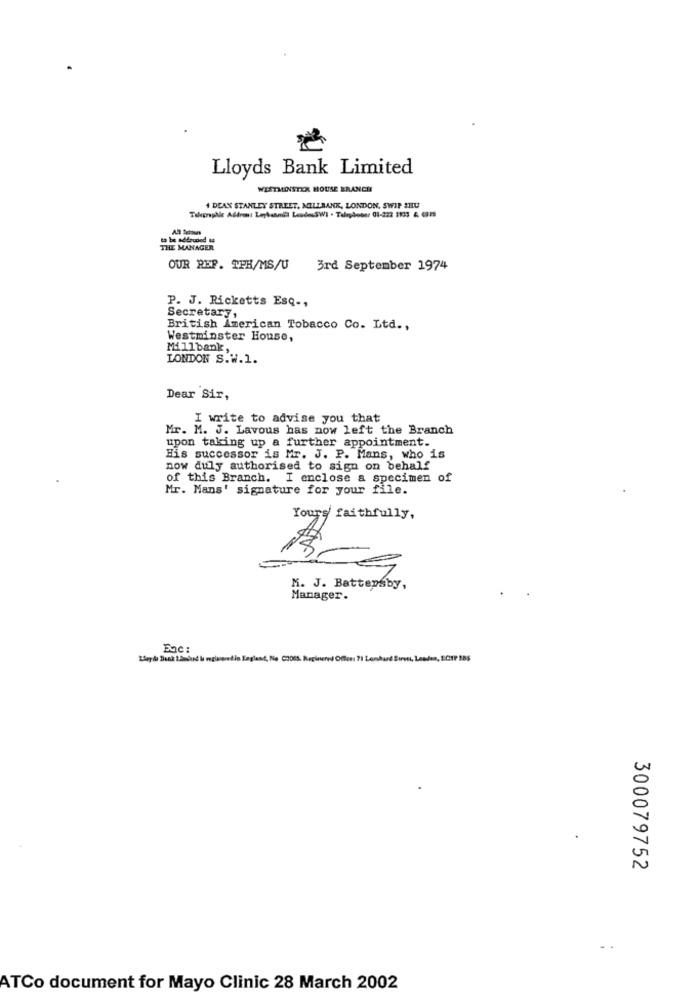
Lloyds Bank Limited
WESTMINSTER HOUSE BRANCH
4 DEAN STANLEY STREET, MILLBANK, LONDON, SWIP SHU
THE MANAGER
OUR REP. TPH/MS/U
3rd September 1974
P. J. Ricketts Esq -,
Secretary,
British American Tobacco Co. Ltd .,
Westminster House,
Millbank,
LONDON S.W.1.
Dear Sir,
I write to advise you that
Mr. M. J. Lavous has now left the Branch
upon taking up a further appointment.
His successor is Mr. J. P. Mans, who is
now duly authorised to sign on behalf
of this Branch. I enclose a specimen of
Mr. Mans' signature for your file.
Yours faithfully ,
RC
M. J. Battersby ,
Manager.
Enc:
Lloyd Dunk LEmount & reglaget in England, Nie 02065, Reginered Offon: 71 Lamband Sirett, Lesdes, ECTP IDS
300079752
ATCo document for Mayo Clinic 28 March 2002